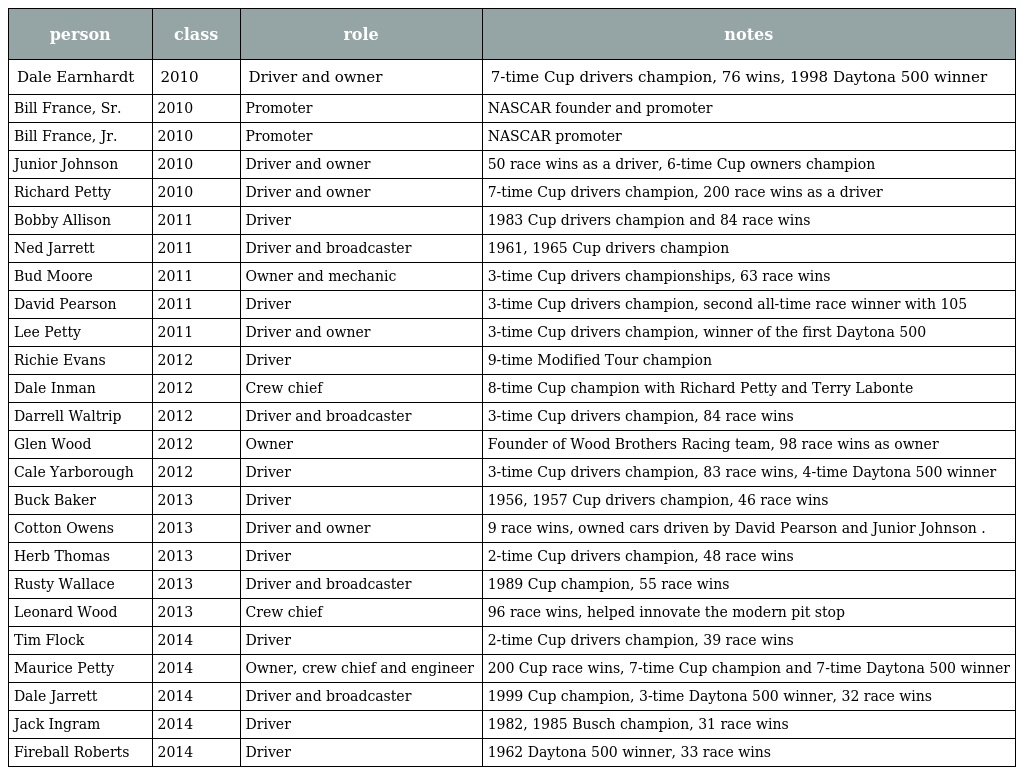
| person | class | role | notes |
 | --- | --- | --- | --- |
 | Dale Earnhardt | 2010 | Driver and owner | 7-time Cup drivers champion, 76 wins, 1998 Daytona 500 winner |
 | Bill France, Sr. | 2010 | Promoter | NASCAR founder and promoter |
 | Bill France, Jr. | 2010 | Promoter | NASCAR promoter |
 | Junior Johnson | 2010 | Driver and owner | 50 race wins as a driver, 6-time Cup owners champion |
 | Richard Petty | 2010 | Driver and owner | 7-time Cup drivers champion, 200 race wins as a driver |
 | Bobby Allison | 2011 | Driver | 1983 Cup drivers champion and 84 race wins |
 | Ned Jarrett | 2011 | Driver and broadcaster | 1961, 1965 Cup drivers champion |
 | Bud Moore | 2011 | Owner and mechanic | 3-time Cup drivers championships, 63 race wins |
 | David Pearson | 2011 | Driver | 3-time Cup drivers champion, second all-time race winner with 105 |
 | Lee Petty | 2011 | Driver and owner | 3-time Cup drivers champion, winner of the first Daytona 500 |
 | Richie Evans | 2012 | Driver | 9-time Modified Tour champion |
 | Dale Inman | 2012 | Crew chief | 8-time Cup champion with Richard Petty and Terry Labonte |
 | Darrell Waltrip | 2012 | Driver and broadcaster | 3-time Cup drivers champion, 84 race wins |
 | Glen Wood | 2012 | Owner | Founder of Wood Brothers Racing team, 98 race wins as owner |
 | Cale Yarborough | 2012 | Driver | 3-time Cup drivers champion, 83 race wins, 4-time Daytona 500 winner |
 | Buck Baker | 2013 | Driver | 1956, 1957 Cup drivers champion, 46 race wins |
 | Cotton Owens | 2013 | Driver and owner | 9 race wins, owned cars driven by David Pearson and Junior Johnson . |
 | Herb Thomas | 2013 | Driver | 2-time Cup drivers champion, 48 race wins |
 | Rusty Wallace | 2013 | Driver and broadcaster | 1989 Cup champion, 55 race wins |
 | Leonard Wood | 2013 | Crew chief | 96 race wins, helped innovate the modern pit stop |
 | Tim Flock | 2014 | Driver | 2-time Cup drivers champion, 39 race wins |
 | Maurice Petty | 2014 | Owner, crew chief and engineer | 200 Cup race wins, 7-time Cup champion and 7-time Daytona 500 winner |
 | Dale Jarrett | 2014 | Driver and broadcaster | 1999 Cup champion, 3-time Daytona 500 winner, 32 race wins |
 | Jack Ingram | 2014 | Driver | 1982, 1985 Busch champion, 31 race wins |
 | Fireball Roberts | 2014 | Driver | 1962 Daytona 500 winner, 33 race wins |